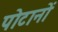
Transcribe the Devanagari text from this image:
पोटानों